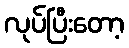
လုပ်ပြီးတော့